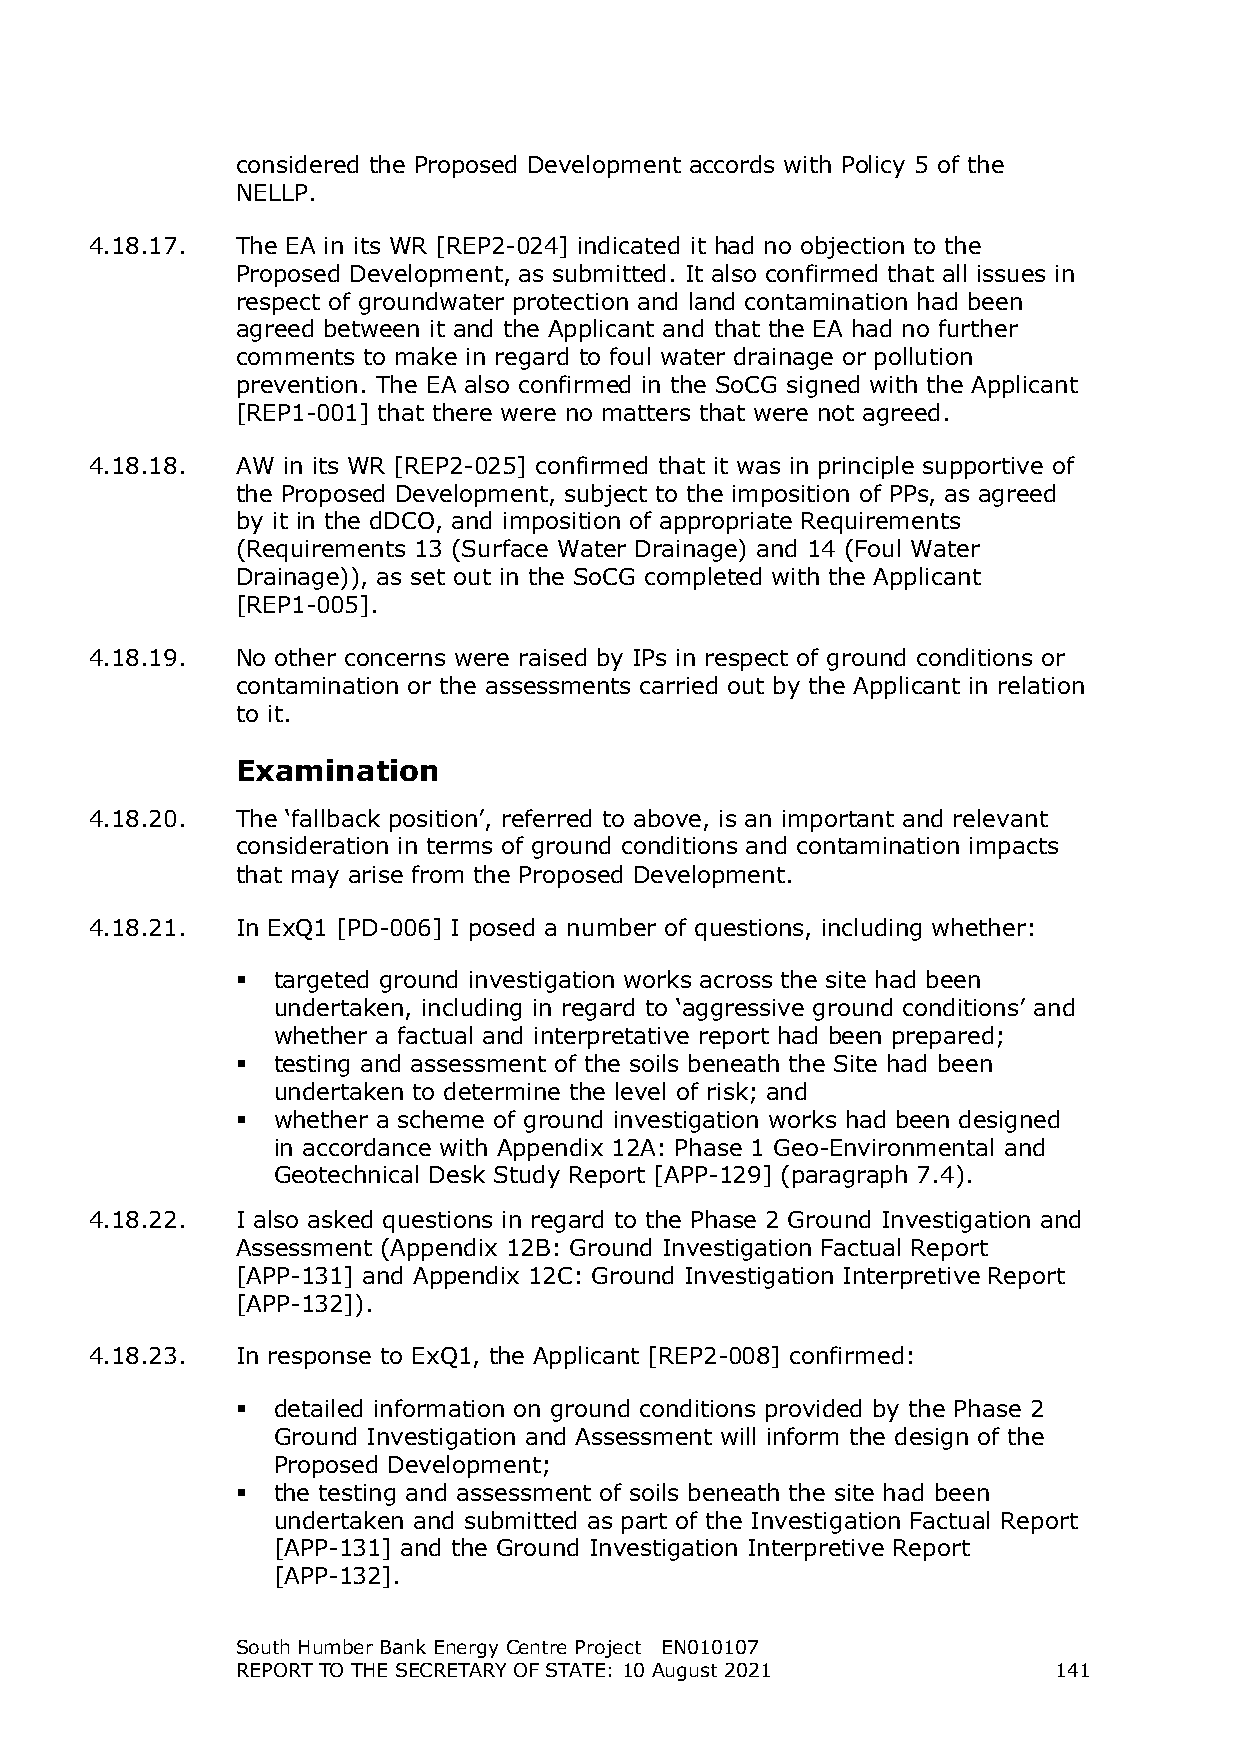
considered the Proposed Development accords with Policy 5 of the
 NELLP.
 4.18.17.  The EA in its WR [REP2-024] indicated it had no objection to the
 Proposed Development, as submitted. It also confirmed that all issues in
 respect of groundwater protection and land contamination had been
 agreed between it and the Applicant and that the EA had no further
 comments to make in regard to foul water drainage or pollution
 prevention. The EA also confirmed in the SoCG signed with the Applicant
 [REP1-001] that there were no matters that were not agreed.
 4.18.18.  AW in its WR [REP2-025] confirmed that it was in principle supportive of
 the Proposed Development, subject to the imposition of PPs, as agreed
 by it in the dDCO, and imposition of appropriate Requirements
 (Requirements 13 (Surface Water Drainage) and 14 (Foul Water
 Drainage)), as set out in the SoCG completed with the Applicant
 [REP1-005].
 4.18.19.  No other concerns were raised by IPs in respect of ground conditions or
 contamination or the assessments carried out by the Applicant in relation
 to it.
 Examination
 4.18.20.  The ‘fallback position’, referred to above, is an important and relevant
 consideration in terms of ground conditions and contamination impacts
 that may arise from the Proposed Development.
 4.18.21.  In ExQ1 [PD-006] I posed a number of questions, including whether:
  targeted ground investigation works across the site had been
 undertaken, including in regard to ‘aggressive ground conditions’ and
 whether a factual and interpretative report had been prepared;
  testing and assessment of the soils beneath the Site had been
 undertaken to determine the level of risk; and
  whether a scheme of ground investigation works had been designed
 in accordance with Appendix 12A: Phase 1 Geo-Environmental and
 Geotechnical Desk Study Report [APP-129] (paragraph 7.4).
 4.18.22.  I also asked questions in regard to the Phase 2 Ground Investigation and
 Assessment (Appendix 12B: Ground Investigation Factual Report
 [APP-131] and Appendix 12C: Ground Investigation Interpretive Report
 [APP-132]).
 4.18.23.  In response to ExQ1, the Applicant [REP2-008] confirmed:
  detailed information on ground conditions provided by the Phase 2
 Ground Investigation and Assessment will inform the design of the
 Proposed Development;
  the testing and assessment of soils beneath the site had been
 undertaken and submitted as part of the Investigation Factual Report
 [APP-131] and the Ground Investigation Interpretive Report
 [APP-132].
 South Humber Bank Energy Centre Project EN010107
 REPORT TO THE SECRETARY OF STATE: 10 August 2021      141